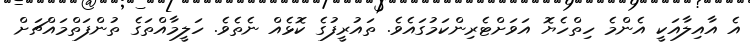
އެ އާއިލާއަކީ އެންމެ ހިތްހެޔޮ އަވަށްޓެރިންކަމުގައެވެ. ތައުރީފުގެ ކޮޅެއް ނެތެވެ. ހަލީމާއްތަގެ ތުންފަތްމައްޗަށް